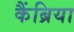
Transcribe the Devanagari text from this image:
कैंब्रिया